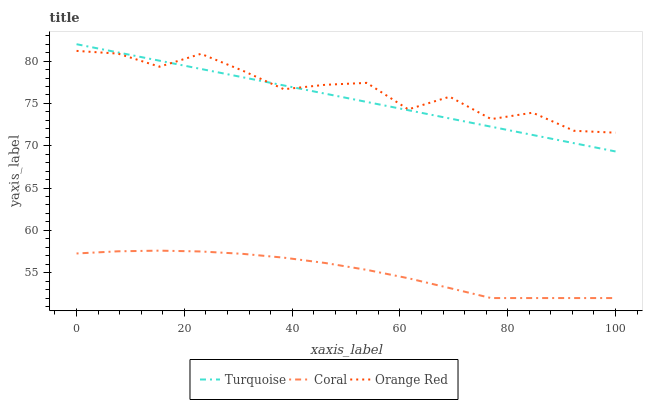
| xaxis_label | Turquoise | Coral | Orange Red |
 | --- | --- | --- | --- |
 | 0 | 82 | 57.3 | 81.2 |
 | 7.69 | 81 | 57.5 | 80.9 |
 | 15.4 | 80 | 57.6 | 79.3 |
 | 23.1 | 79.1 | 57.5 | 80.9 |
 | 30.8 | 78.1 | 57.2 | 78.9 |
 | 38.5 | 77.1 | 56.8 | 76.7 |
 | 46.2 | 76.1 | 56.1 | 77.2 |
 | 53.8 | 75.2 | 55.3 | 77.4 |
 | 61.5 | 74.2 | 54.3 | 74.3 |
 | 69.2 | 73.2 | 53.2 | 75.8 |
 | 76.9 | 72.2 | 52 | 73.1 |
 | 84.6 | 71.3 | 52 | 73.9 |
 | 92.3 | 70.3 | 52 | 71.8 |
 | 100 | 69.3 | 52 | 71.5 |